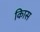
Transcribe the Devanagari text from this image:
किास